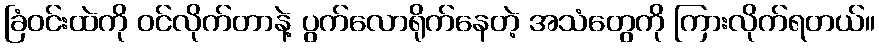
ခြံဝင်းထဲကို ဝင်လိုက်တာနဲ့ ပွက်လောရိုက်နေတဲ့ အသံတွေကို ကြားလိုက်ရတယ်။